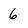
Character: 6